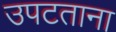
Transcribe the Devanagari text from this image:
उपटताना